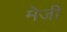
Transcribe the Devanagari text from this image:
मेजी